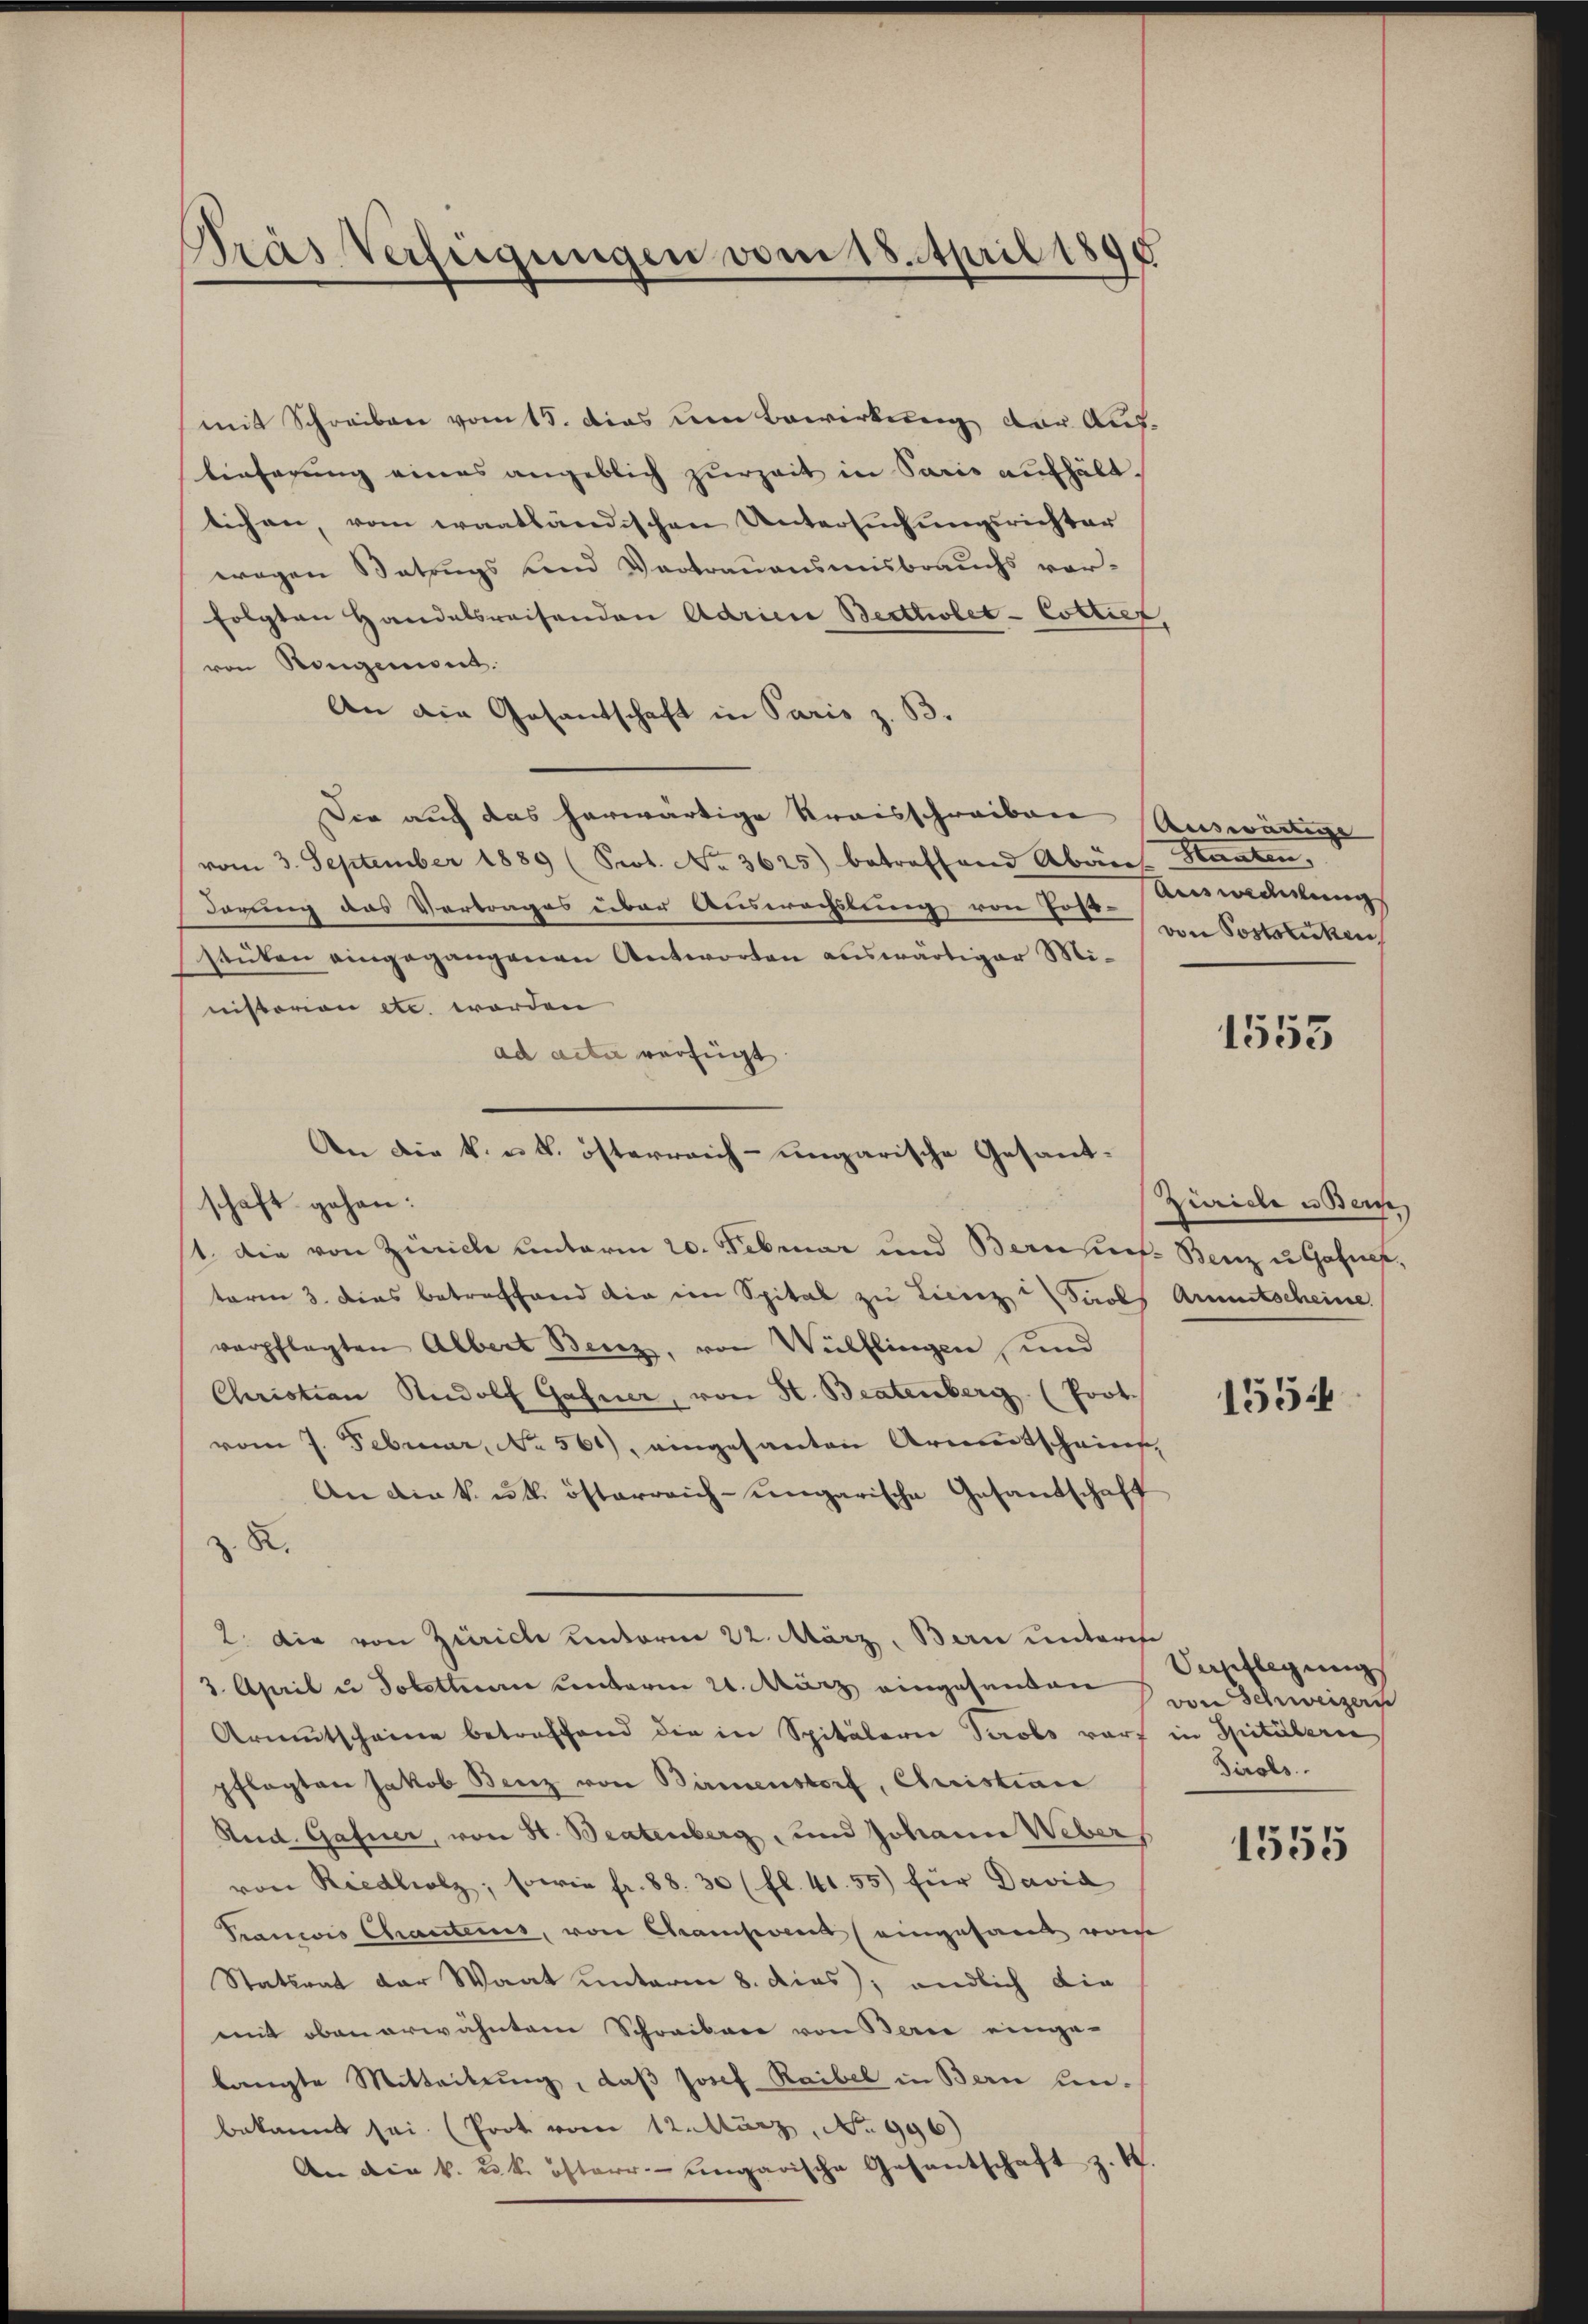
Pras Verfügungen vom 18. April 1890

mit Schreiben vom 15. Dies um Bewirkung der Auf-
tieferŭng eines angeblich zŭrzeit in Paris aŭfhält
tichen, vom waatländischen Untersuchungsrichter
wegen Betrugs und Vertrauensmisbrauchs vor-
folgten Handelsreisenden Adrien Berttiolet-Cottier
von Ringeniert.
An die Gesandtschaft in Paris z. B.
Dir auch das herwärtige Kraisschreiben Auswärtige
vom 3. September 1889 (Prot. No. 3625) betreffend Abones Staaten,
dörung das Vertrages über Auswachslung von Post-Beinwandlung
stüken eingegangenen Antworten auswärtiger Ministorion etc. worden
ad acte verfügt
schaft gehen:
1. Die von Zürich unterm 20. Februar und Bernsich Benz u Gafner,
term 3. Dies betreffend die im Spital zu Liciezu Saals Armutscheine
verpflegten Albert Benz, von Wülflingen, und
Christian Rudolf Gafner, von St. Beatenberg (Poot.
vom 7. Februar, No. 561), eingesanten Armentscheint,
An die k. u. österreich-ungarische Gesandschaft
X.
2. die von Zürich unterm 22. März, Bern unteres
3. April u Tobettern Centerm 21. März eingesanten
Armutscheine betreffend die in Spitälerie Tirols vor in Spitaleri
pflegten Jakob Benz von Birmenstorf, Christian
Rud. Gafner, von St. Beatenberg, und Johann Weber,
von Riedliolz; sowie fr. 88. 30 (fl. 41. 55) für David
Pranwis Chauteins, von Chausend eingesamt wohe
Statsrat der Waat unterm 8. dies); endlich die
mit oben erwähntem Schreibare von Berne einge-
bangte Mitteilung, daß Josef Raibel in Bern hinbekannt sei. (Prot vom 12. März, No 996)
An die k. k. österr.-ungarische Gesantschaft z. K.

An die k. u. k. österreich-ungarische Gesand¬

von Poststücken

1553

Zürich u Bern,

155

Vepflegung
von Schweizern
Tirols.

1555